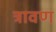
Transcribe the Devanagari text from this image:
त्रावण